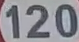
120